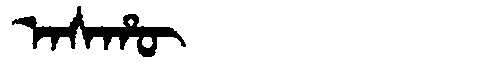
Manchu: ᠠᠰᡥᡡ
Romanization: ASHŪ